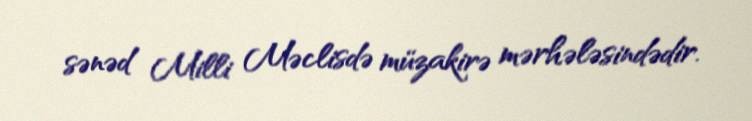
sənəd Milli Məclisdə müzakirə mərhələsindədir.